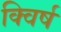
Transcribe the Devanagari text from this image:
क्विर्ष